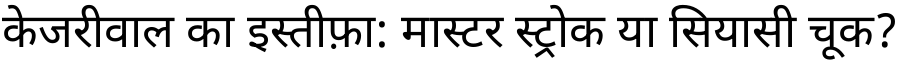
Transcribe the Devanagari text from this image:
केजरीवाल का इस्तीफ़ा: मास्टर स्ट्रोक या सियासी चूक?